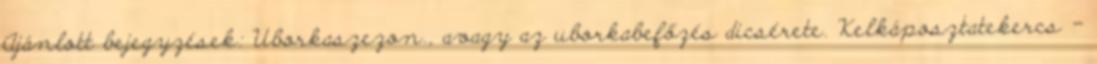
Ajánlott bejegyzések: Uborkaszezon., avagy az uborkabefőzés dicsérete. Kelkáposztatekercs -